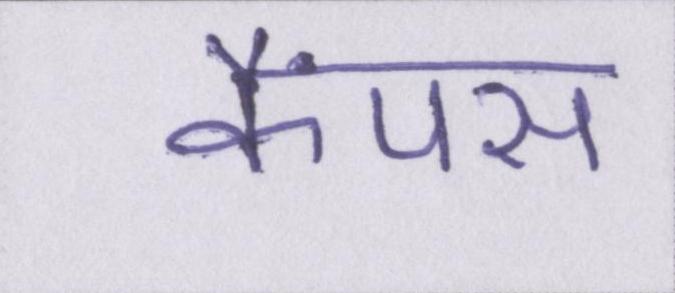
कैंपस